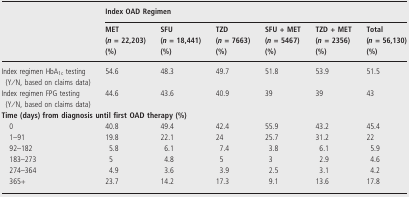
<table><thead><tr><td></td><td colspan="6"><b>Index OAD Regimen</b></td></tr><tr><td></td><td><b>MET(<i>n</i> = 22,203) (%)</b></td><td><b>SFU(<i>n</i> = 18,441) (%)</b></td><td><b>TZD(<i>n</i> = 7663) (%)</b></td><td><b>SFU + MET (<i>n</i> = 5467) (%)</b></td><td><b>TZD + MET (<i>n</i> = 2356) (%)</b></td><td><b>Total(<i>n</i> = 56,130) (%)</b></td></tr></thead><tbody><tr><td>Index regimen HbA<sub>1c</sub> testing (Y/N, based on claims data)</td><td>54.6</td><td>48.3</td><td>49.7</td><td>51.8</td><td>53.9</td><td>51.5</td></tr><tr><td>Index regimen FPG testing (Y/N, based on claims data)</td><td>44.6</td><td>43.6</td><td>40.9</td><td>39</td><td>39</td><td>43</td></tr><tr><td colspan="7"><b>Time (days) from diagnosis until first OAD therapy (%)</b></td></tr><tr><td>0</td><td>40.8</td><td>49.4</td><td>42.4</td><td>55.9</td><td>43.2</td><td>45.4</td></tr><tr><td>1–91</td><td>19.8</td><td>22.1</td><td>24</td><td>25.7</td><td>31.2</td><td>22</td></tr><tr><td>92–182</td><td>5.8</td><td>6.1</td><td>7.4</td><td>3.8</td><td>6.1</td><td>5.9</td></tr><tr><td>183–273</td><td>5</td><td>4.8</td><td>5</td><td>3</td><td>2.9</td><td>4.6</td></tr><tr><td>274–364</td><td>4.9</td><td>3.6</td><td>3.9</td><td>2.5</td><td>3.1</td><td>4.2</td></tr><tr><td>365+</td><td>23.7</td><td>14.2</td><td>17.3</td><td>9.1</td><td>13.6</td><td>17.8</td></tr></tbody></table>